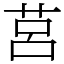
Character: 莒